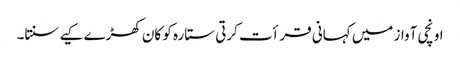
اونچی آواز میں کہانی قرأت کرتی ستارہ کو کان کھڑے کیے سنتا۔